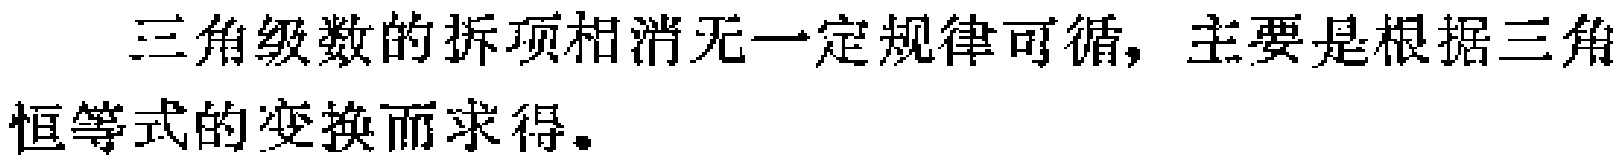
三角级数的拆项相消无一定规律可循，主要是根据三角恒等式的变换而求得。